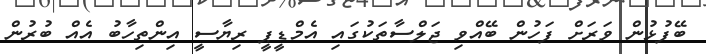
ބޭފުޅުން ވަރަށް ފަހުން ބޭއްވި ޖަލްސާތަކުގައި އެމްޑީޕީ ރިޔާސީ އިންތިހާބު އެއް ބުރުން